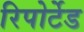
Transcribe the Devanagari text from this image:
रिपोर्टेड